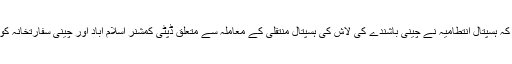
ترجمان نے کہا کہ ہسپتال انتطامیہ نے چینی باشندے کی لاش کی ہسپتال منتقلی کے معاملہ سے متعلق ڈپٹی کمشنر اسلام آباد اور چینی سفارتخانہ کو آگاہ کر دیا ہے۔